Report of an investigation into the causes of malaria in Bombay and the measures necessary for its control
Disease focus: Malaria
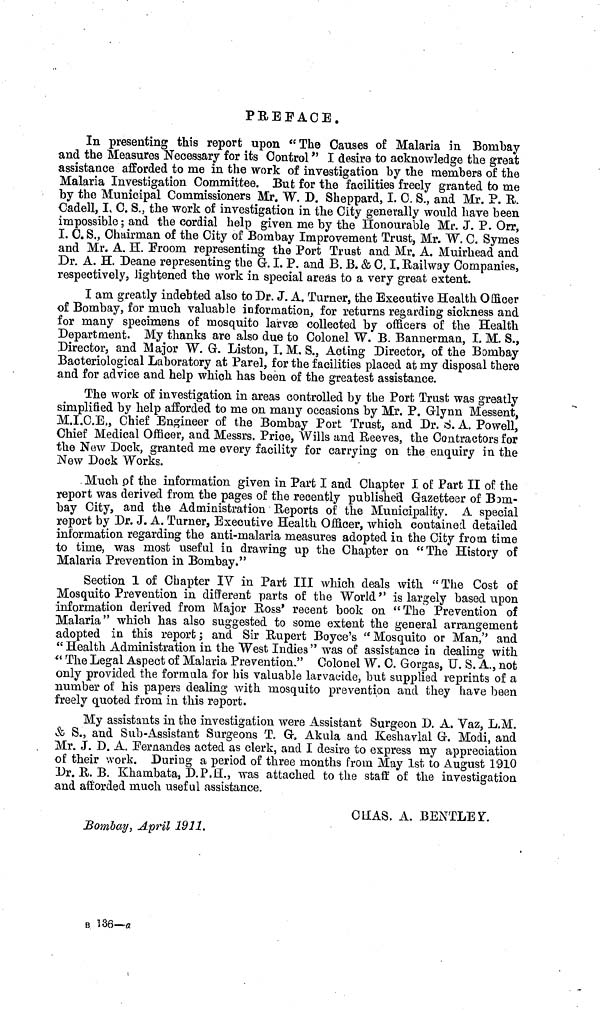
PREFACE.
In presenting this report upon "The Causes of Malaria in Bombay
and the Measures Necessary for its Control" I desire to acknowledge the great
assistance afforded to me in the work of investigation by the members of the
Malaria Investigation Committee. But for the facilities freely granted to me
by the Municipal Commissioners Mr. W. D. Sheppard, I. C. S., and Mr. P. R.
Cadell, I. C. S., the work of investigation in the City generally would have been
impossible ; and the cordial help given me by the Honourable Mr. J. P. Orr,
I. C. S., Chairman of the City of Bombay Improvement Trust, Mr. W. C. Symes
and Mr. A. H. Froom representing the Port Trust and Mr. A. Muirhead and
Dr. A. H. Deane representing the G. I. P. and B. B. & C. I. Railway Companies,
respectively, lightened the work in special areas to a very great extent.
I am greatly indebted also to Dr. J. A. Turner, the Executive Health Officer
of Bombay, for much valuable information, for returns regarding sickness and
for many specimens of mosquito larvae collected by officers of the Health
Department. My thanks are also due to Colonel W. B. Bannerman, I. M. S.,
Director, and Major W. G. Liston, I. M. S., Acting Director, of the Bombay
Bacteriological Laboratory at Parel, for the facilities placed at my disposal there
and for advice and help which has been of the greatest assistance.
The work of investigation in areas controlled by the Port Trust was greatly
simplified by help afforded to me on many occasions by Mr. P. Glynn Messent,
M.I.C.E., Chief Engineer of the Bombay Port Trust, and Dr. S. A. Powell,
Chief Medical Officer, and Messrs. Price, Wills and Reeves, the Contractors for
the New Dock, granted me every facility for carrying on the enquiry in the
New Dock Works.
Much of the information given in Part I and Chapter I of Part II of the
report was derived from the pages of the recently published Gazetteer of Bom-
bay City, and the Administration Reports of the Municipality. A special
report by Dr. J. A. Tarner, Executive Health Officer, which contained detailed
information regarding the anti-malaria measures adopted in the City from time
to time, was most useful in drawing up the Chapter on "The History of
Malaria Prevention in Bombay."
Section 1 of Chapter IV in Part III which deals with "The Cost of
Mosquito Prevention in different parts of the World" is largely based upon
information derived from Major Ross' recent book on "The Prevention of
Malaria" which has also suggested to some extent the general arrangement
adopted in this report ; and Sir Rupert Boyce's " Mosquito or Man," and
"Health Administration in the West Indies" was of assistance in dealing with
" The Legal Aspect of Malaria Prevention." Colonel W. C. Gorgas, U. S. A., not
only provided the formula for his valuable larvacide, but supplied reprints of a
number of his papers dealing with mosquito prevention and they have been
freely quoted from in this report.
My assistants in the investigation were Assistant Surgeon D. A. Yaz, L.M.
& S., and Sub-Assistant Surgeons T. G. Akula and Keshavlal G. Modi, and
Mr. J. D. A. Fernandes acted as clerk, and I desire to express my appreciation
of their work. During a period of three months from May 1st to August 1910
Dr. R. B. Khambata, D.P.H., was attached to the staff of the investigation
and afforded much useful assistance.
CHAS. A. BENTLEY.
Bombay, April 1911.
B 136—a